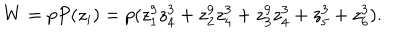
LaTeX: W = p P ( z _ { i } ) = p ( z _ { 1 } ^ { 9 } z _ { 4 } ^ { 3 } + z _ { 2 } ^ { 9 } z _ { 4 } ^ { 3 } + z _ { 3 } ^ { 9 } z _ { 4 } ^ { 3 } + z _ { 5 } ^ { 3 } + z _ { 6 } ^ { 3 } ) .